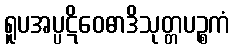
ရူပအပ္ပဋိဝေဓာဒိသုတ္တပဉ္စကံ